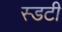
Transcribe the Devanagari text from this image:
स्डटी